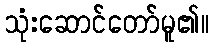
သုံးဆောင်တော်မူ၏။